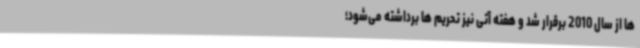
ها از سال 2010 برقرار شد و هفته آتی نیز تحریم ها برداشته می‌شود؛